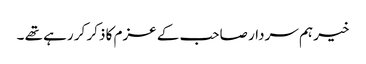
خیر ہم سردار صاحب کے عزم کا ذکر کر رہے تھے ۔